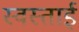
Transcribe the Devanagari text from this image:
स्वस्ताई